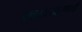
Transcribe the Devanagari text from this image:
अवतारधारणाची